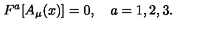
F ^ { a } [ A _ { \mu } ( x ) ] = 0 , \quad { a } = 1 , 2 , 3 .